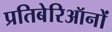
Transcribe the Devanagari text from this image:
प्रतिबेरिऑनों